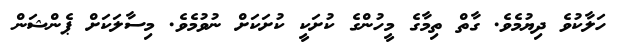
ހަލާކުވެ ދިޔުމެވެ. ގާތް ތިމާގެ މީހުންގެ ކުށަކީ ކުށަކަށް ނުވުމެވެ. މިސާލަކަށް ޕެންޝަން